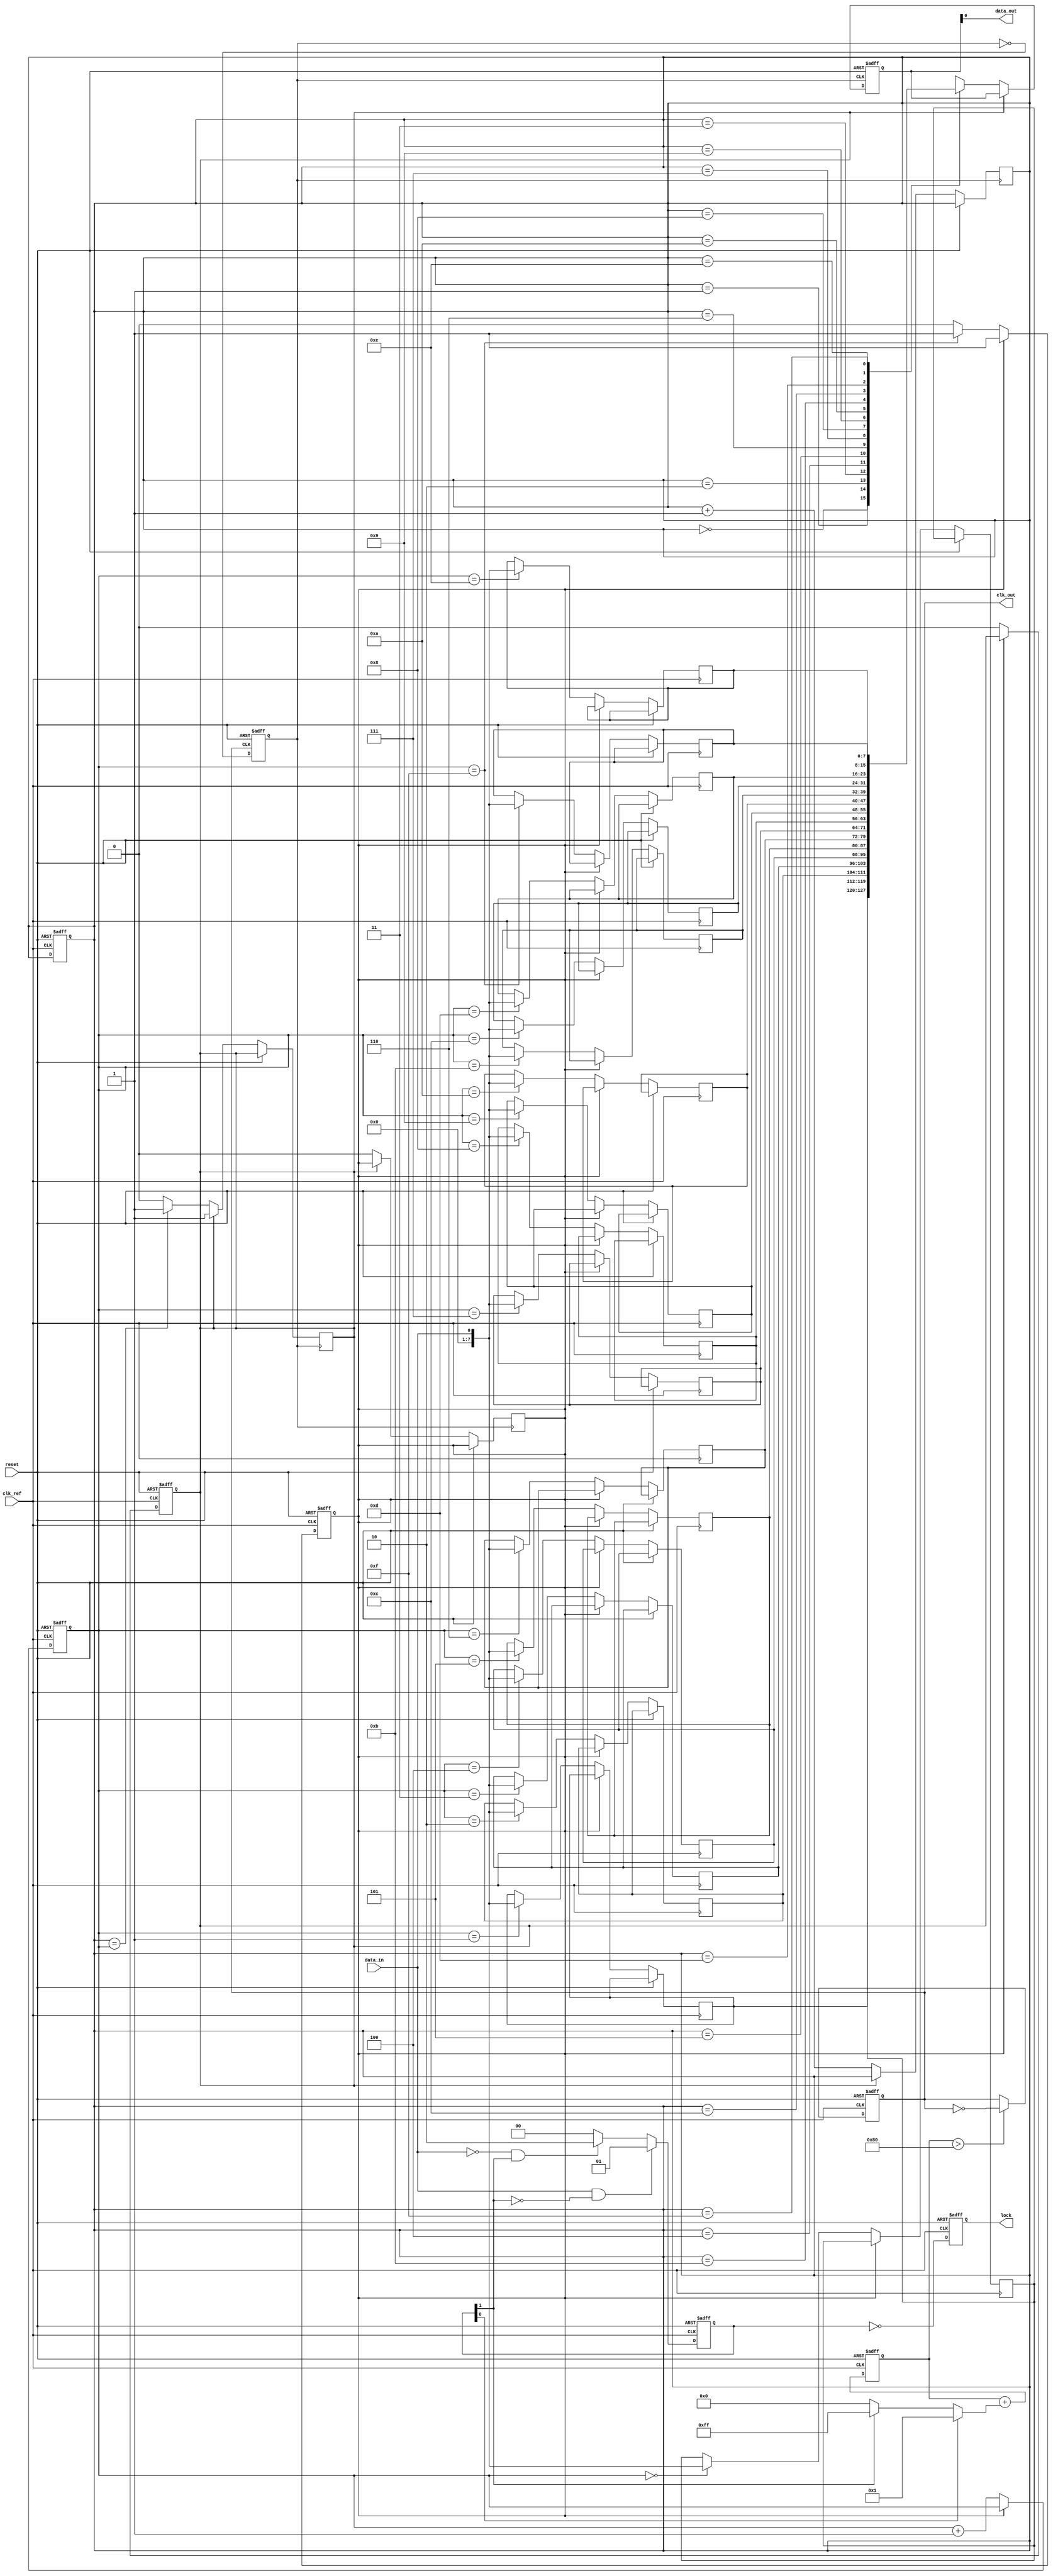
module pll_synchronizer (
    input wire clk_ref,          // Reference clock
    input wire data_in,         // Data input from the source clock domain
    input wire reset,           // Reset signal
    output wire data_out,       // Synchronized data output
    output wire clk_out,        // Output clock generated by VCO
    output wire lock            // Lock indication signal
);

    // Phase Detector
    reg [1:0] phase_error; // Phase error signal (2-bit for example)
    
    always @(posedge clk_ref or posedge reset) begin
        if (reset)
            phase_error <= 2'b00;
        else begin
            // Simplified phase detection logic
            // This part should compare clock edges; added logic will depend on actual implementation details
            // Example: Assume we detect leading and trailing edges of 'data_in' with respect to 'clk_ref'
            if (data_in && !phase_error[1]) // Assuming the falling edge of clk_ref
                phase_error <= 2'b01; // Feedback clock leads
            else if (!data_in && phase_error[1]) // Assuming the falling edge of clk_ref
                phase_error <= 2'b10; // Feedback clock lags
            else
                phase_error <= 2'b00; // In phase
        end
    end

    // Low-Pass Filter (Simple implementation)
    reg [7:0] control_voltage; // Control voltage register
    always @(posedge clk_ref or posedge reset) begin
        if (reset)
            control_voltage <= 8'b0;
        else begin
            // Simple LPF example: Move towards phase error gradually
            control_voltage <= control_voltage + (phase_error[0] ? 1 : (phase_error[1] ? -1 : 0));
        end
    end

    // Voltage-Controlled Oscillator (VCO)
    reg clk_vco;
    always @(posedge clk_ref or posedge reset) begin
        if (reset)
            clk_vco <= 1'b0;
        else if (control_voltage > 128) // Arbitrarily chosen threshold for fast region
            clk_vco <= ~clk_vco; // Simple toggle for VCO
    end

    // Clock Output Generation
    assign clk_out = clk_vco;

    // Clock Divider (if needed)
    // Here, a divide-by-2 implementation as an example
    reg clk_div;
    always @(posedge clk_out or posedge reset) begin
        if (reset)
            clk_div <= 1'b0;
        else
            clk_div <= ~clk_div; // Divide the clock by 2
    end
    
    // Data Synchronizer using a simple FIFO implementation
    reg [7:0] fifo [0:15]; // Simplified FIFO buffer (width: 8 bits, depth: 16)
    reg [3:0] write_ptr, read_ptr;
    reg fifo_full, fifo_empty;

    always @(posedge clk_ref or posedge reset) begin
        if (reset) begin
            write_ptr <= 4'b0;
            read_ptr <= 4'b0;
            fifo_full <= 1'b0;
            fifo_empty <= 1'b1;
        end else if (!fifo_full) begin
            // Write data to FIFO
            fifo[write_ptr] <= data_in;
            write_ptr <= write_ptr + 1;
            if (write_ptr == 4'b1111) fifo_full <= 1'b1;
            fifo_empty <= 1'b0;
        end
    end

    // Output data synchronously with the VCO clock
    reg [7:0] out_data;
    always @(posedge clk_div or posedge reset) begin
        if (reset) begin
            out_data <= 8'b0;
        end else if (!fifo_empty) begin
            // Read data from FIFO
            out_data <= fifo[read_ptr];
            read_ptr <= read_ptr + 1;
            if (read_ptr == write_ptr) fifo_empty <= 1'b1; // Check if FIFO is empty
            fifo_full <= 1'b0;
        end
    end

    assign data_out = out_data;

    // Lock Detection
    // Simplified lock detection logic
    reg lock_status;
    always @(posedge clk_ref or posedge reset) begin
        if (reset)
            lock_status <= 1'b0;
        else begin
            // Assuming lock is achieved when VCO is stable for a number of cycles
            lock_status <= (phase_error == 2'b00); // In-phase condition
        end
    end
    assign lock = lock_status;

endmodule